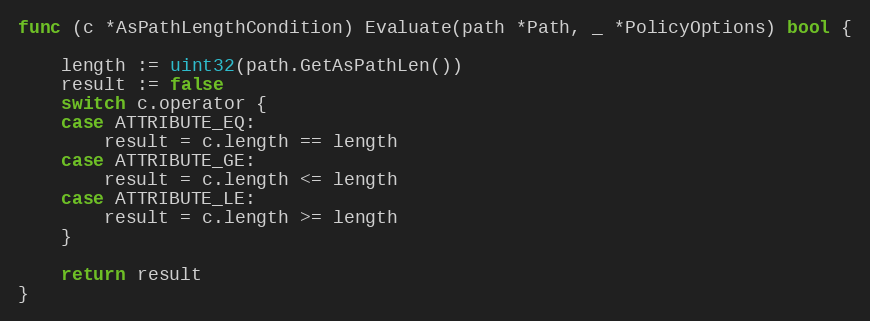
Language: Go
func (c *AsPathLengthCondition) Evaluate(path *Path, _ *PolicyOptions) bool {

	length := uint32(path.GetAsPathLen())
	result := false
	switch c.operator {
	case ATTRIBUTE_EQ:
		result = c.length == length
	case ATTRIBUTE_GE:
		result = c.length <= length
	case ATTRIBUTE_LE:
		result = c.length >= length
	}

	return result
}